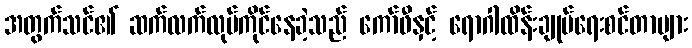
အတွက်သင်၏ ဆက်လက်လုပ်ကိုင်နေခဲ့သည် ကော်ဖီနှင့် ရောဂါထိန်းချုပ်ရေးစင်တာများ